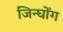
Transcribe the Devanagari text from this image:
जिन्घोंग